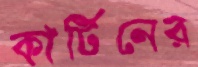
কার্টিনের